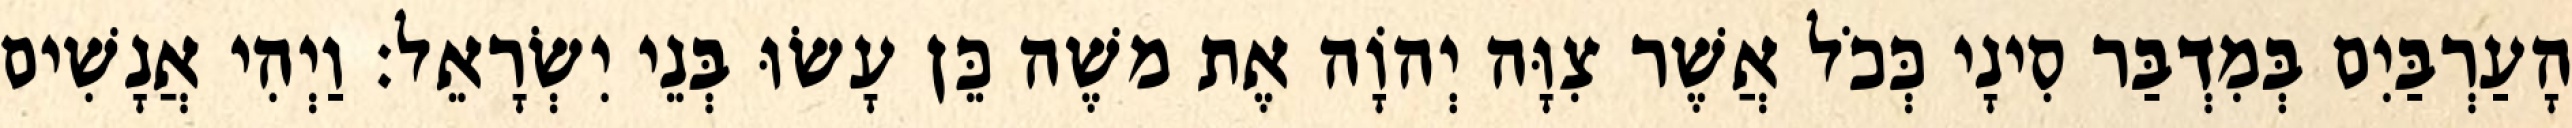
הָעַרְבַּיִם בְּמִדְבַּר סִינָי כְּכֹל אֲשֶׁר צִוָּה יְהוָֹה אֶת משֶׁה כֵּן עָשׂוּ בְּנֵי יִשְׂרָאֵל׃ וַיְהִי אֲנָשִׁים